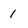
Character: 1